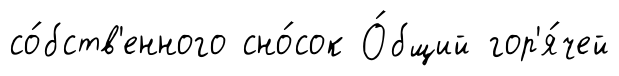
со́бств'енного сно́сок О́бщий гор'я́чей